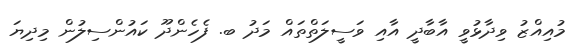
މުއިއްޒު ވިދާޅުވީ އާބާދީ އާއި ވަސީލަތްތައް މަދު ބ. ފެހެންދޫ ކައުންސިލުން މިދިޔަ